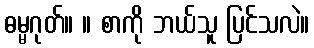
ဓမ္မဂုတ်။ ။ စာကို ဘယ်သူ ပြင်သလဲ။